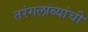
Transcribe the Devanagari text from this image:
तरंगलांब्यांची